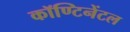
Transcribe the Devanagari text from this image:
कॉण्टिनेंटल